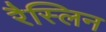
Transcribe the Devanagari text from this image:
रैस्लिन